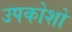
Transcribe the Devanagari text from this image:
उपकोशों